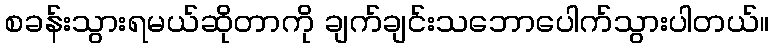
စခန်းသွားရမယ်ဆိုတာကို ချက်ချင်းသဘောပေါက်သွားပါတယ်။